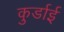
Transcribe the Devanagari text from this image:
कुर्डाई